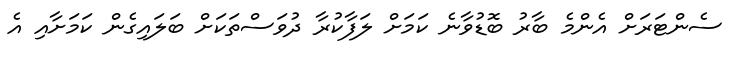
ސެންޓަރަށް އެންމެ ބާރު ބޮޑުވާނެ ކަމަށް ލަފާކުރާ ދުވަސްތަކަށް ބަލައިގެން ކަމަށާއި އެ